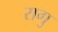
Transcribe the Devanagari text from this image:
रागु